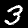
Label: 3